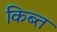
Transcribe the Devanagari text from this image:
किब्त